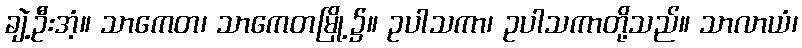
ချဲ့ဦးအံ့။ သာကေတ၊ သာကေတမြို့၌။ ဥပါသကာ၊ ဥပါသကာတို့သည်။ သာလာယံ၊